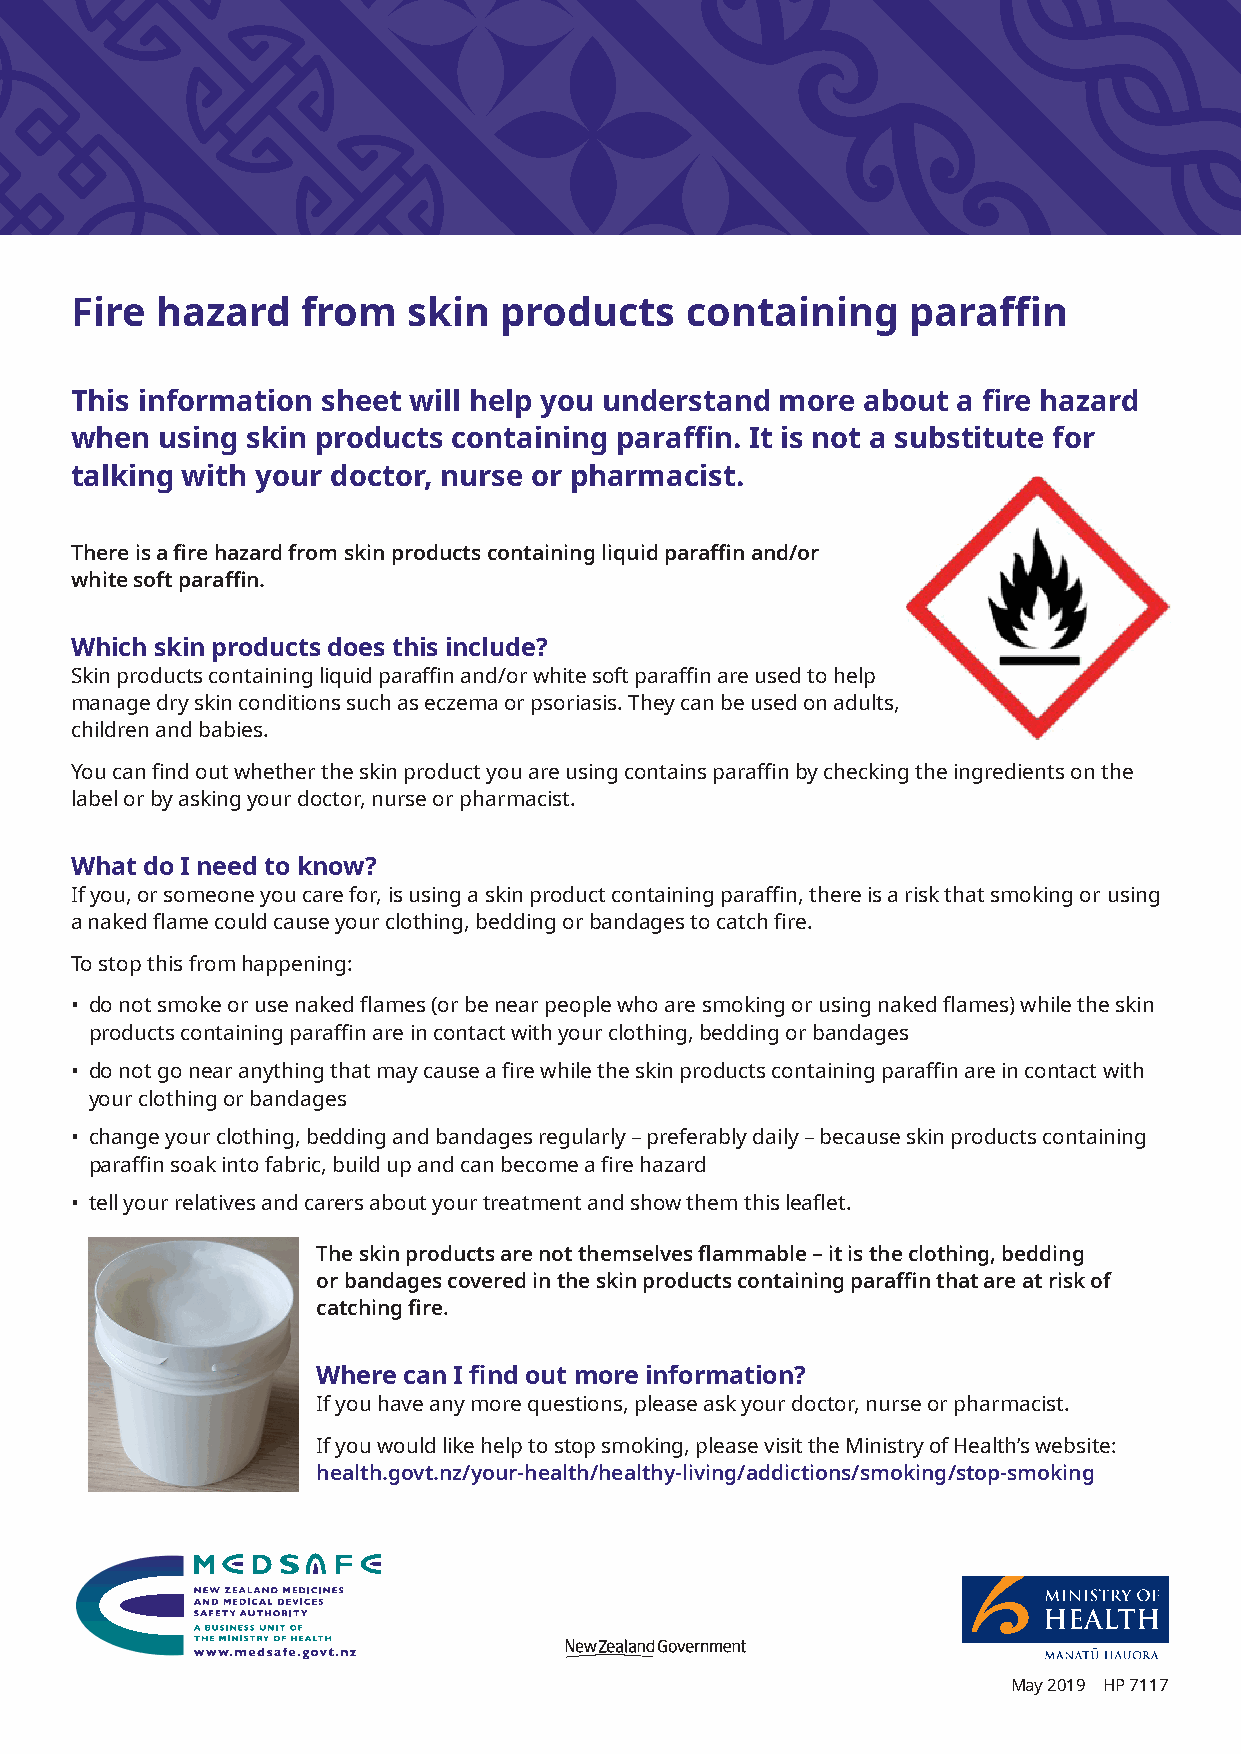
Fire hazard    from   skin  products    containing     paraffin
 This information sheet will help you understand more about a fire hazard
 when  using skin products containing paraffin. It is not a substitute for
 talking with your doctor, nurse or pharmacist.
 There is a fire hazard from skin products containing liquid paraffin and/or
 white soft paraffin.
 Which skin products does this include?
 Skin products containing liquid paraffin and/or white soft paraffin are used to help
 manage dry skin conditions such as eczema or psoriasis. They can be used on adults,
 children and babies.
 You can find out whether the skin product you are using contains paraffin by checking the ingredients on the
 label or by asking your doctor, nurse or pharmacist.
 What do I need to know?
 If you, or someone you care for, is using a skin product containing paraffin, there is a risk that smoking or using
 a naked flame could cause your clothing, bedding or bandages to catch fire.
 To stop this from happening:
 • do not smoke or use naked flames (or be near people who are smoking or using naked flames) while the skin
 products containing paraffin are in contact with your clothing, bedding or bandages
 • do not go near anything that may cause a fire while the skin products containing paraffin are in contact with
 your clothing or bandages
 • change your clothing, bedding and bandages regularly – preferably daily – because skin products containing
 paraffin soak into fabric, build up and can become a fire hazard
 • tell your relatives and carers about your treatment and show them this leaflet.
 The skin products are not themselves flammable – it is the clothing, bedding
 or bandages covered in the skin products containing paraffin that are at risk of
 catching fire.
 Where can I find out more information?
 If you have any more questions, please ask your doctor, nurse or pharmacist.
 If you would like help to stop smoking, please visit the Ministry of Health’s website:
 health.govt.nz/your-health/healthy-living/addictions/smoking/stop-smoking
 May 2019 HP 7117